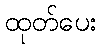
ထုတ်ပေး